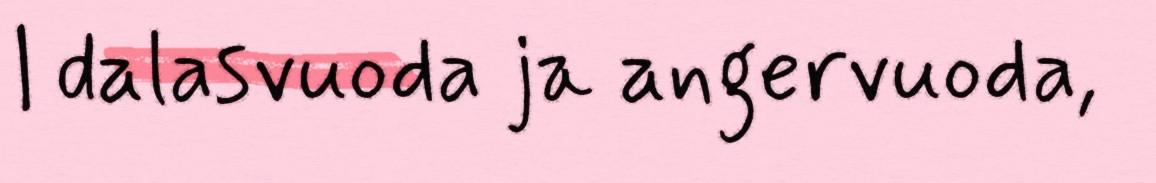
| dalasvuoda ja angervuoda,